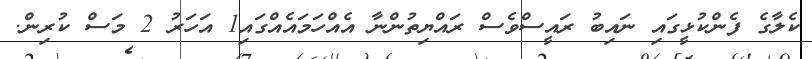
ކެލާގެ ފެންކުޅީގައި ނައިބު ރައީސްވެސް ރައްޔިތުންނާ އެއްހަމައެއްގައި1 އަހަރު 2 މަސް ކުރިން.